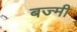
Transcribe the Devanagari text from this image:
बज्मी